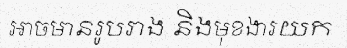
អាចមានរូបរាង និងមុខងារយក